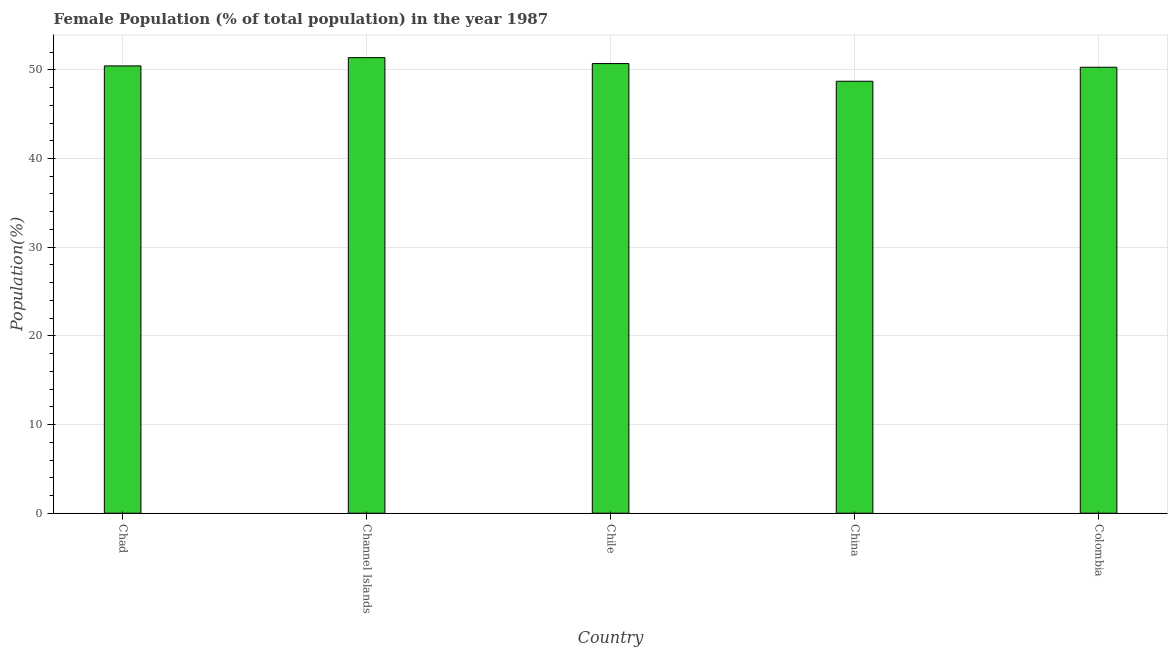
| Country | Female |
 | --- | --- |
 | Chad | 50.4 |
 | Channel Islands | 51.4 |
 | Chile | 50.7 |
 | China | 48.7 |
 | Colombia | 50.3 |